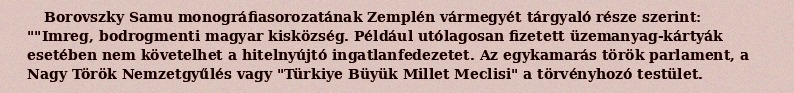
Borovszky Samu monográfiasorozatának Zemplén vármegyét tárgyaló része szerint: ""Imreg, bodrogmenti magyar kisközség. Például utólagosan fizetett üzemanyag-kártyák esetében nem követelhet a hitelnyújtó ingatlanfedezetet. Az egykamarás török parlament, a Nagy Török Nemzetgyűlés vagy "Türkiye Büyük Millet Meclisi" a törvényhozó testület.